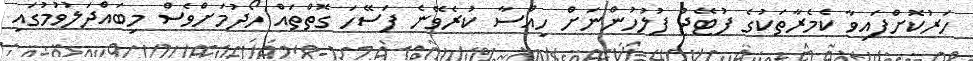
ހަރުކޮށްފައިވާ ކެމެރާތަކުގެ ފުޓޭޖު ފުލުހުންނަށް ހިއްސާ ކުރެވޭނެ ފަސޭހަ ގޮތްތައް ހޯދުމަށްވެސް މިބައްދަލުވުމުގައި